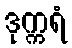
ဒုက္ကရံ